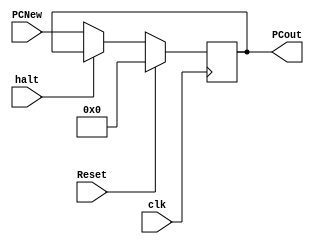
`timescale 1ns / 1ps
//////////////////////////////////////////////////////////////////////////////////
// Company: 
// Engineer: 
// 
// Design Name: 
// Module Name: PC
// Project Name: 
// Target Devices: 
// Tool Versions: 
// Description: 
// 
// Dependencies: 
// 
// Revision:
// Revision 0.01 - File Created
// Additional Comments:
// 
//////////////////////////////////////////////////////////////////////////////////


module PC(clk,Reset,halt,PCNew,PCout );
    input clk,Reset,halt;
    input [31:0] PCNew;
    output reg [31:0] PCout;
    
    initial begin
        PCout = 0;
        end
       always @(posedge clk )begin
           if (Reset == 1) begin  
               PCout = 0;  
           end  
           else if (halt == 1)begin
           PCout =PCout;
        end
        else 
        PCout=PCNew;
        end
 endmodule